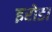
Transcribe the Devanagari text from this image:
इरोडा